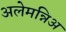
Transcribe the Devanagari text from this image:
अलेमन्निअ